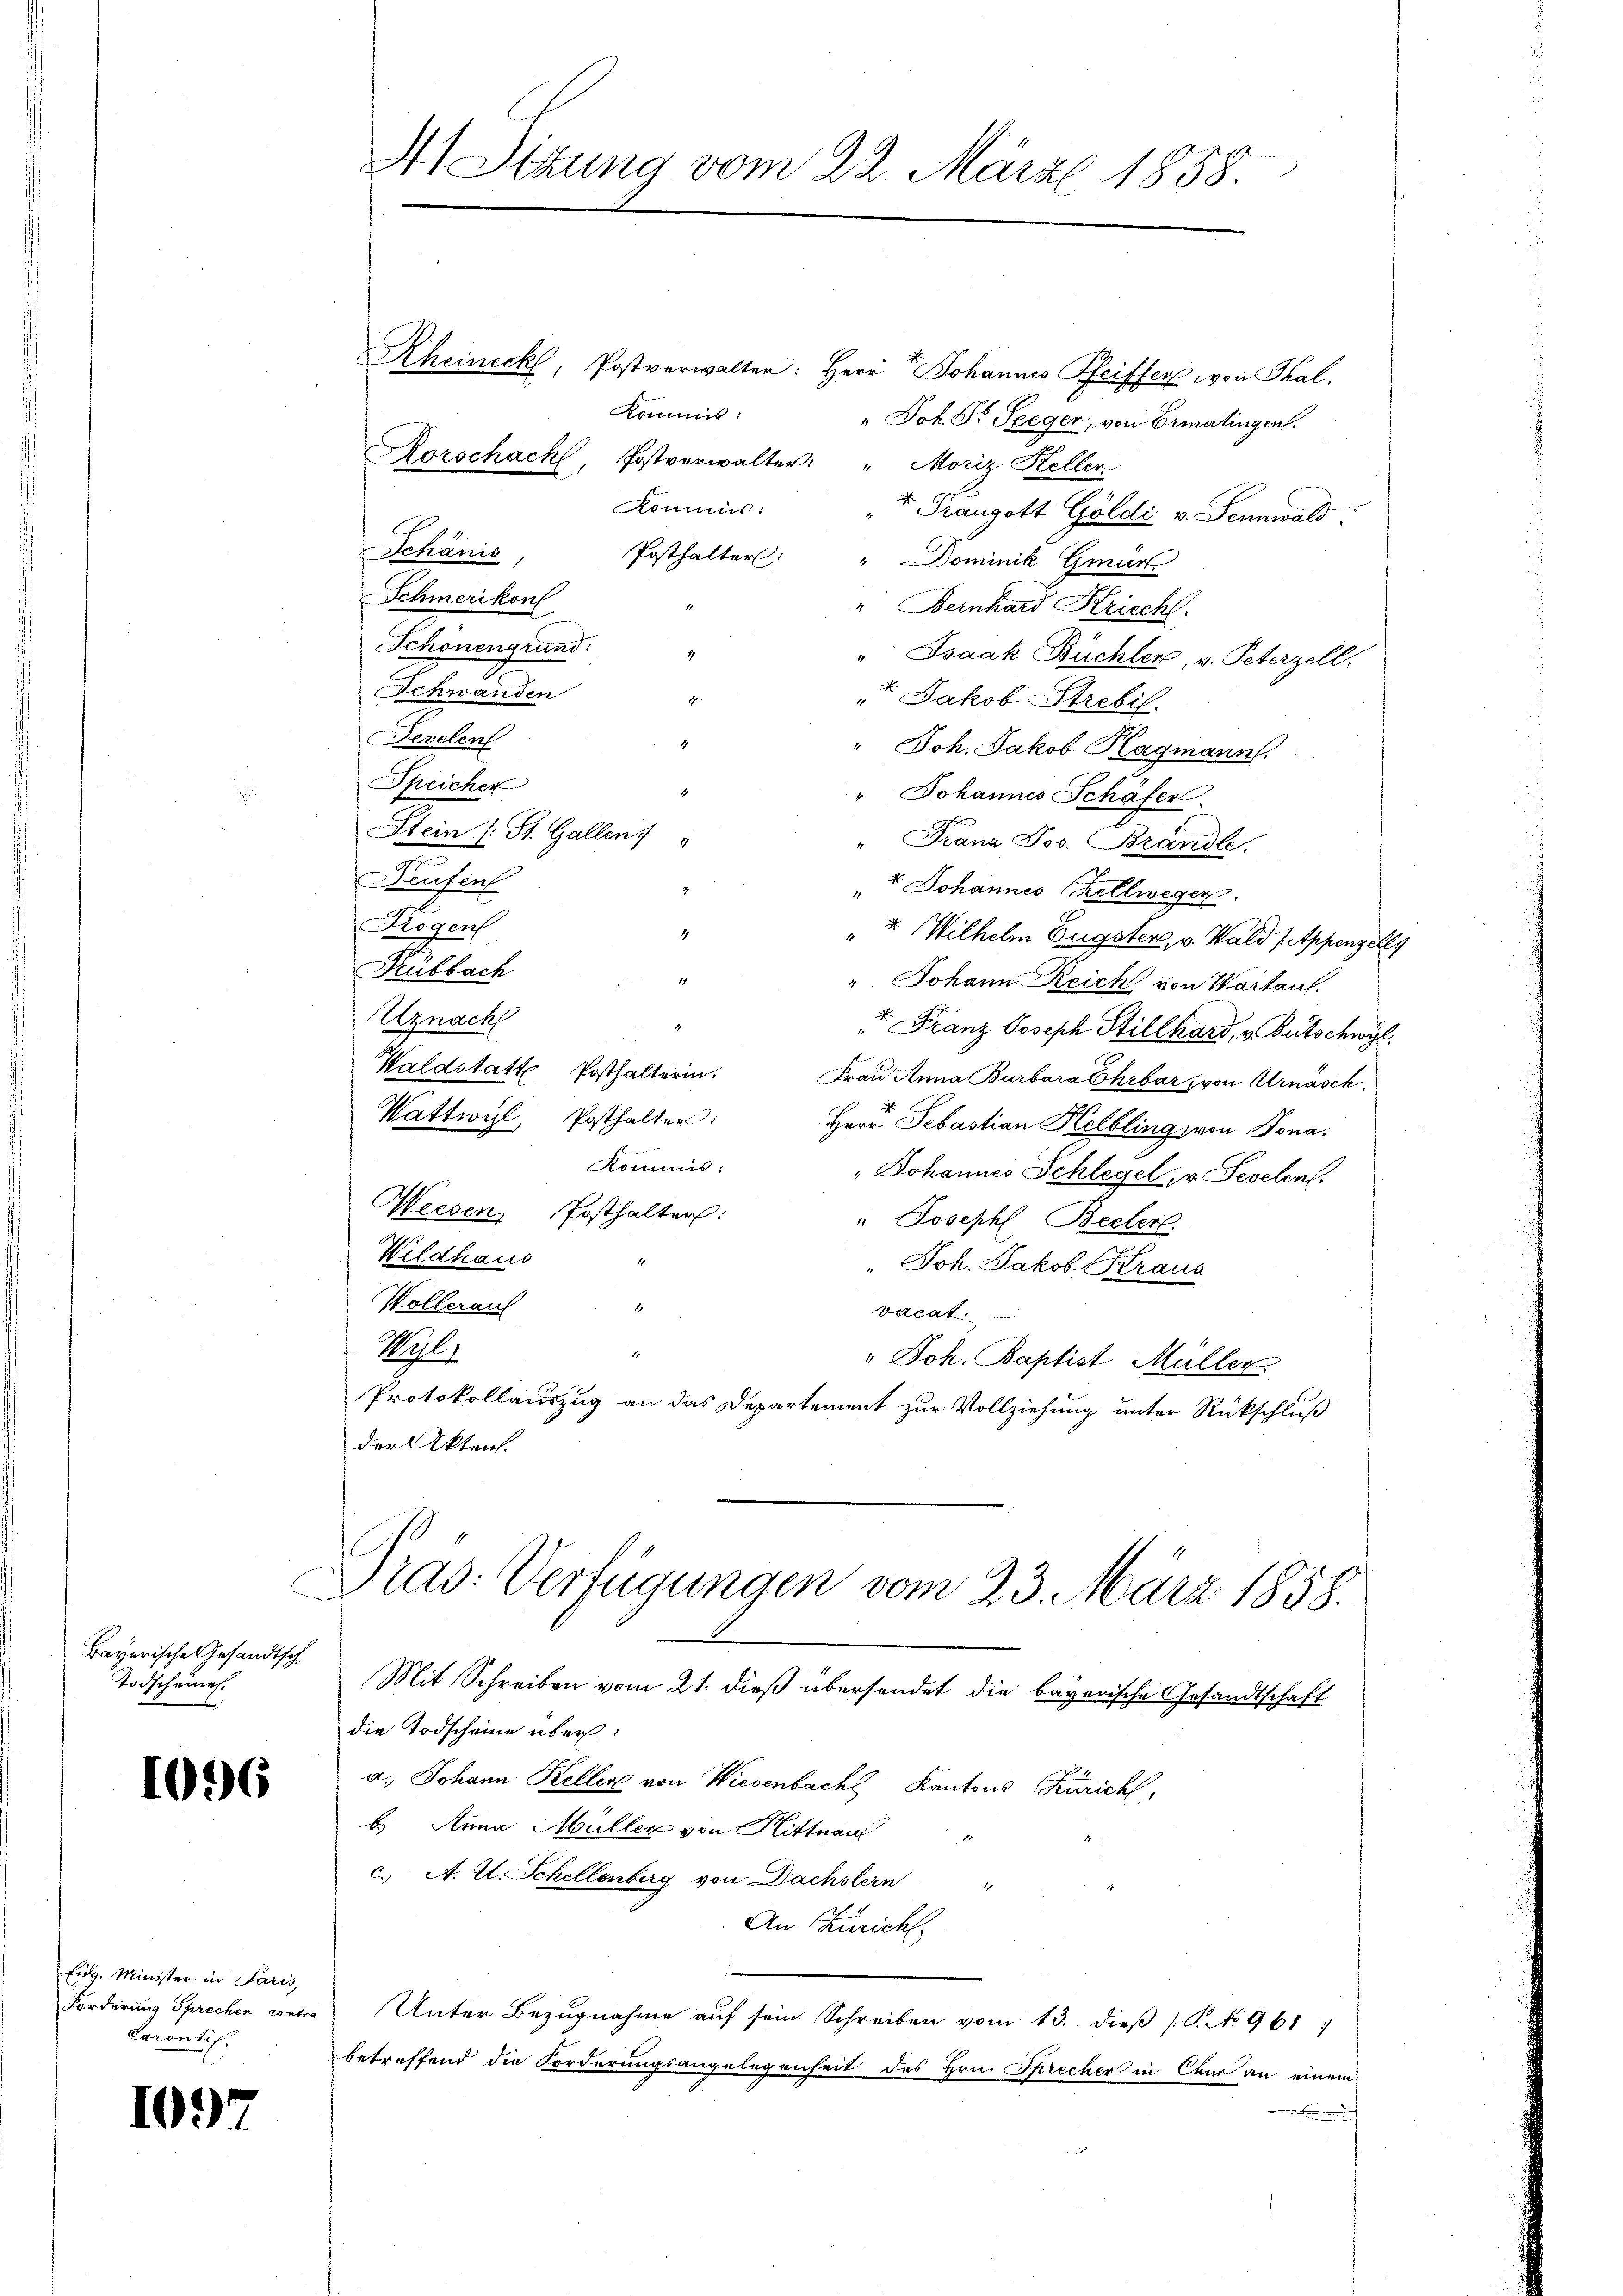
Bayerische Gesandtsch
Todscheines.

1096

Eidg. Minister in Paris,
Forderung Sprechen contra
Carantif.

1097

At Sitzung vom 22. März 1858.

Rheineck, Postverwalter: Herr Johannes Pfeiffer von Thal,
kommis:
" Joh. Dr. Seeger, von Ermatingen.
Korschach, Postverwalter: " Moriz Keller
nis:
v. Prangott Göldi v. Sennwald
Posthalter: " Dominik Gmür
" Bernhard Kriech.
4
Isaak Büchler, v. Peterzell.
4
" Jakob Strebil
" Joh. Jakob Hagmann.
" Johannes Schafer
" Franz Jos. Brandle.
+. Johannes Zellwegen.
4
" u Wilhelm Eugster, v. Wald (Appenzell
1
" Johann Reich von Warkauf.
t. Franz Joseph Stillhard, v. Bütschwyl
Frau Anna Barbara Ehrbar, von Urnasch.
d
Herr Sebastian Helbling von Dona
Kommis.
" Johannes Schlegel v. Sevelen.
Weesen Posthalter:
" Joseph Beckerl.
.
Wildhaus
1
" Joh. Jakob Kraus
Wollerauf
1
vacat.
18.
Wahle
" Joh. Baptist Müller.
Protokollauszug an das Departement zur Vollziehung unter Rückschluß
der Akten.

Schänis,
Schmerikon
Schönengrund
Schwanden
Fevelen
Speicher
Stein (: St. Gallen
Neufent
Krogen
Füllach
Uznach
Waldstatt Posthalterin.
Wattwyl, Posthalter:

Drad: Verfügungen vom 23. März 1858.

Mit Schreiben vom 21. dieß übersendet die bayerische Gesandtschaft
die Todscheine über:
a. Johann Keller von Wiesenbach Kantons Zürich,
b. Anna Müller von Hittnau
c. A. E. Schellenberg von Dachstern
.
An Züricht.
Unter Bezugnahme auf sein Schreiben vom 13. dieß (P. No 961)
betreffend die Forderungsangelegenheit des Hrn. Sprecher in Chur an einem
.